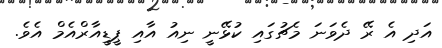
އަދި އެ ރޭ ދެވަނަ މެޗުގައި ކުޅޭނީ ނިއު އާއި ޕީޑީއާރްއެމް އެވެ.